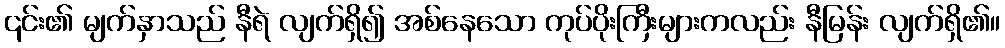
၎င်း၏ မျက်နှာသည် နီရဲ လျက်ရှိ၍ အစ်နေသော ကုပ်ပိုးကြီးများကလည်း နီမြန်း လျက်ရှိ၏။